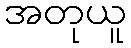
အတုယူ